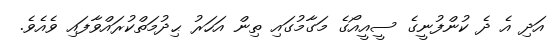
އަދި އެ ދެ ކުންފުނީގެ ސީއީއޯގެ މަގާމުގައި ތިން އަހަރު ޙިދުމަތްކުރައްވާފައި ވެއެވެ.